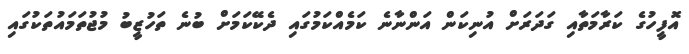
އޮފީހުގެ ކަރާމަތާއި ގަދަރަށް އުނިކަން އަންނާނެ ކަމެއްކަމުގައި ދެކޭކަމަށް ބުނެ ތަހުޒީބު މުޖުތަމައުތަކުގައި